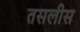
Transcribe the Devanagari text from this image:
तसलीस